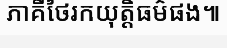
ភាគីថៃរកយុត្តិធម៌ផង៕